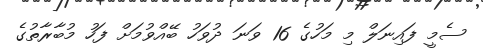
ސެމީ ފައިނަލް މި މަހުގެ 16 ވަނަ ދުވަހު ބޭއްވުމަށް ފަހު މުބާރާތުގެ